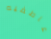
عاطفيه